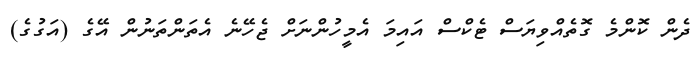
ދެން ކޮންމެ ގޮތެއްވިޔަސް ޓެކްސް އައިމަ އެމީހުންނަށް ޖެހޭނެ އެތަންތަނުން އޭގެ (އަގުގެ)